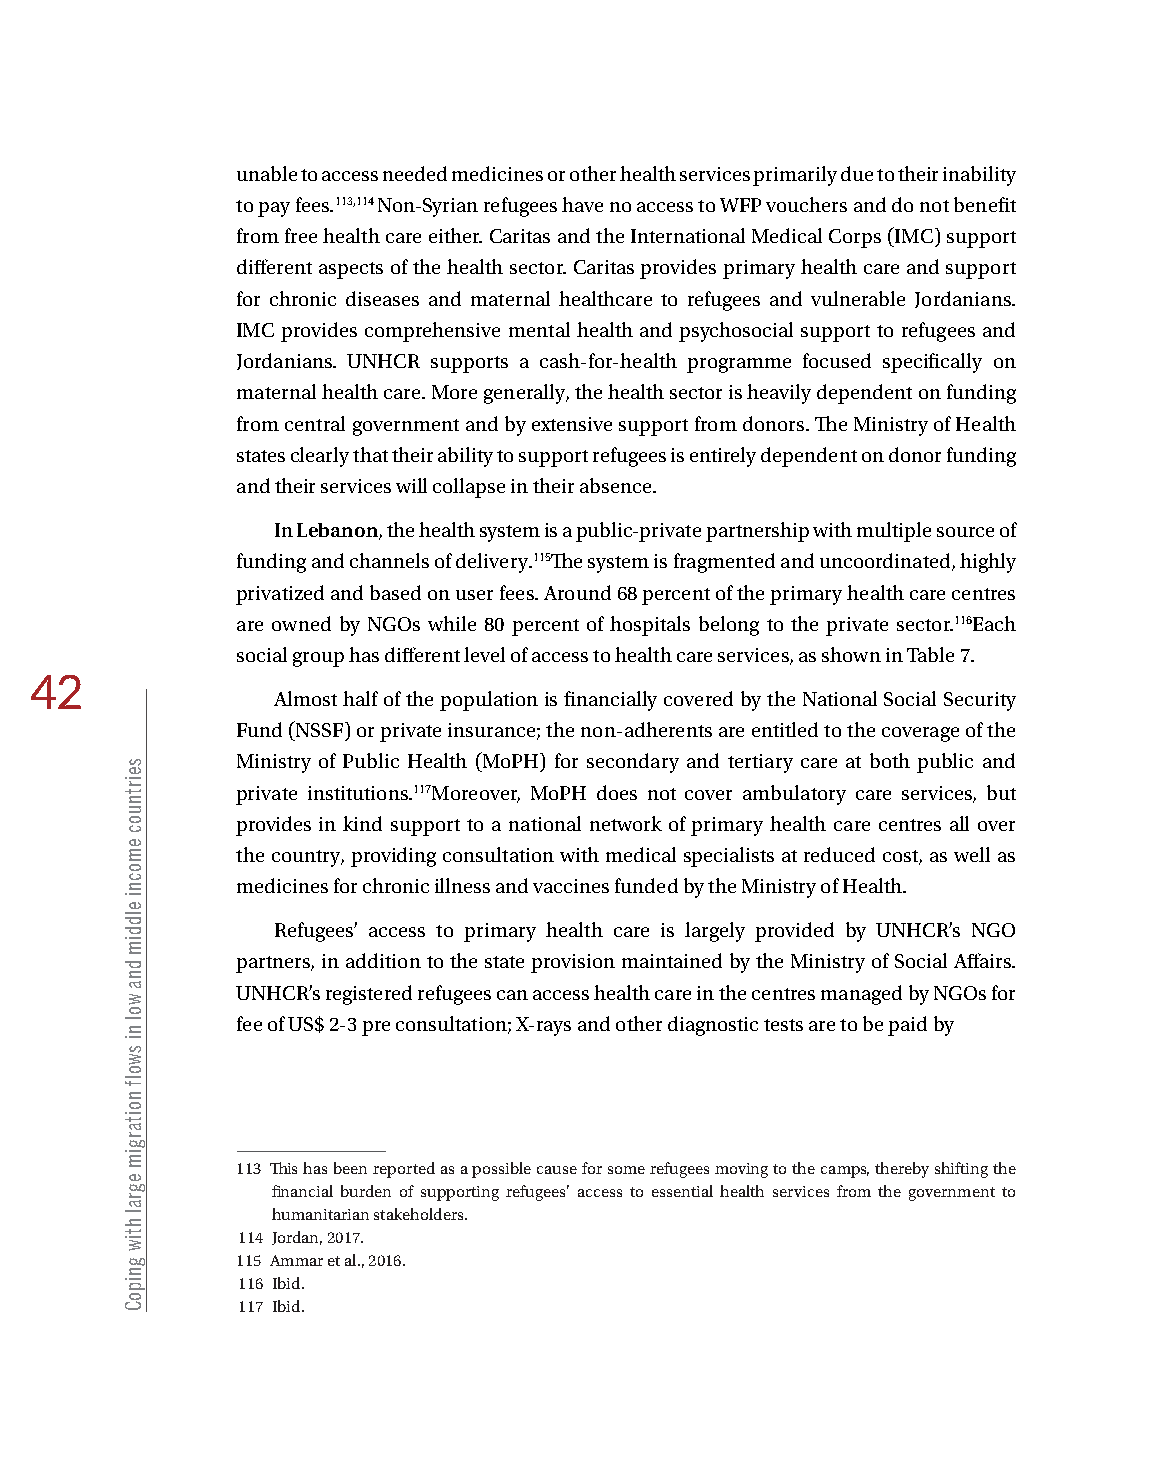
unable to access needed medicines or other health services primarily due to their inability
 to pay fees.113,114 Non-Syrian refugees have no access to WFP vouchers and do not benefit
 from free health care either. Caritas and the International Medical Corps (IMC) support
 different aspects of the health sector. Caritas provides primary health care and support
 for chronic diseases and maternal healthcare to refugees and vulnerable Jordanians.
 IMC provides comprehensive mental health and psychosocial support to refugees and
 Jordanians. UNHCR supports a cash-for-health programme focused specifically on
 maternal health care. More generally, the health sector is heavily dependent on funding
 from central government and by extensive support from donors. The Ministry of Health
 states clearly that their ability to support refugees is entirely dependent on donor funding
 and their services will collapse in their absence.
 In Lebanon, the health system is a public-private partnership with multiple source of
 funding and channels of delivery.115The system is fragmented and uncoordinated, highly
 privatized and based on user fees. Around 68 percent of the primary health care centres
 are owned by NGOs while 80 percent of hospitals belong to the private sector.116Each
 social group has different level of access to health care services, as shown in Table 7.
 42
 Almost half of the population is financially covered by the National Social Security
 Fund (NSSF) or private insurance; the non-adherents are entitled to the coverage of the
 Ministry of Public Health (MoPH) for secondary and tertiary care at both public and
 private institutions.117Moreover, MoPH does not cover ambulatory care services, but
 provides in kind support to a national network of primary health care centres all over
 the country, providing consultation with medical specialists at reduced cost, as well as
 medicines for chronic illness and vaccines funded by the Ministry of Health.
 Refugees’ access to primary health care is largely provided by UNHCR’s NGO
 partners, in addition to the state provision maintained by the Ministry of Social Affairs.
 UNHCR’s registered refugees can access health care in the centres managed by NGOs for
 fee of US$ 2-3 pre consultation; X-rays and other diagnostic tests are to be paid by
 113 This has been reported as a possible cause for some refugees moving to the camps, thereby shifting the
 financial burden of supporting refugees' access to essential health services from the government to
 humanitarian stakeholders.
 114 Jordan, 2017.
 115 Ammar et al., 2016.
 116 Ibid.
 117 Ibid.
 seirtnuoc
 emocni
 elddim
 dna
 wol
 ni
 swolf
 noitargim
 egral
 htiw
 gnipoC